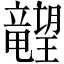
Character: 𬂙